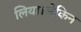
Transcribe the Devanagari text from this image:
लिया।लेकिन